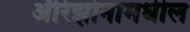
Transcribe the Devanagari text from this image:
ॲरिझोनामधील